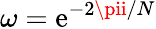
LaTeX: \omega=\mathrm{e}^{-2\pii/N}